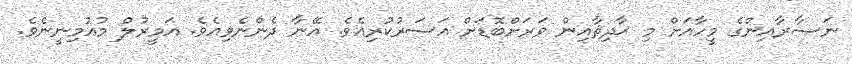
ނަޞާރާއިންގެ މީހާއަށް މި ޙާދިޘާއިން ވަރަށްބޮޑަށް އަސަރުކުރިއެވެ. އޭނާ ދެންނެވިއެވެ. އަމީރުލް މުއުމިނީނެވެ.